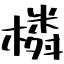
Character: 橉